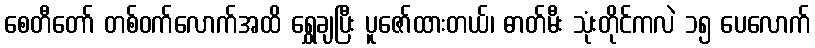
စေတီတော် တစ်ဝက်လောက်အထိ ရွှေချပြီး ပူဇော်ထားတယ်၊ ဓာတ်မီး သုံးတိုင်ကလဲ ၁၅ ပေလောက်